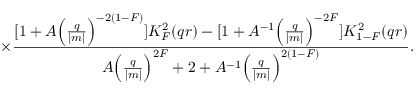
\times \frac { [ 1 + A { \Bigl ( \frac { q } { | m | } \Bigr ) } ^ { - 2 ( 1 - F ) } ] K _ { F } ^ { 2 } ( q r ) - [ 1 + A ^ { - 1 } { \Bigl ( \frac { q } { | m | } \Bigr ) } ^ { - 2 F } ] K _ { 1 - F } ^ { 2 } ( q r ) } { A { \Bigl ( \frac { q } { | m | } \Bigr ) } ^ { 2 F } + 2 + A ^ { - 1 } { \Bigl ( \frac { q } { | m | } \Bigr ) } ^ { 2 ( 1 - F ) } } .